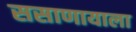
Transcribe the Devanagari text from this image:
ससाणायाला